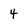
Character: 4